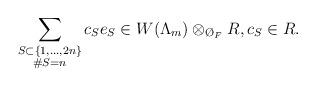
LaTeX: \begin{align*} \sum_{\substack{S \subset \{1,\dotsc,2n\}\\ \#S = n}} c_S e_S \in W(\Lambda_m) \otimes_{\O_{F}} R, c_S \in R.\end{align*}